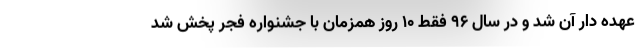
عهده دار آن شد و در سال 96 فقط 10 روز همزمان با جشنواره فجر پخش شد